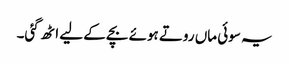
یہ سوئی ماں روتے ہوئے بچے کے لیے اٹھ گئی۔